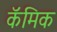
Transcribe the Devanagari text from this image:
कॅमिक